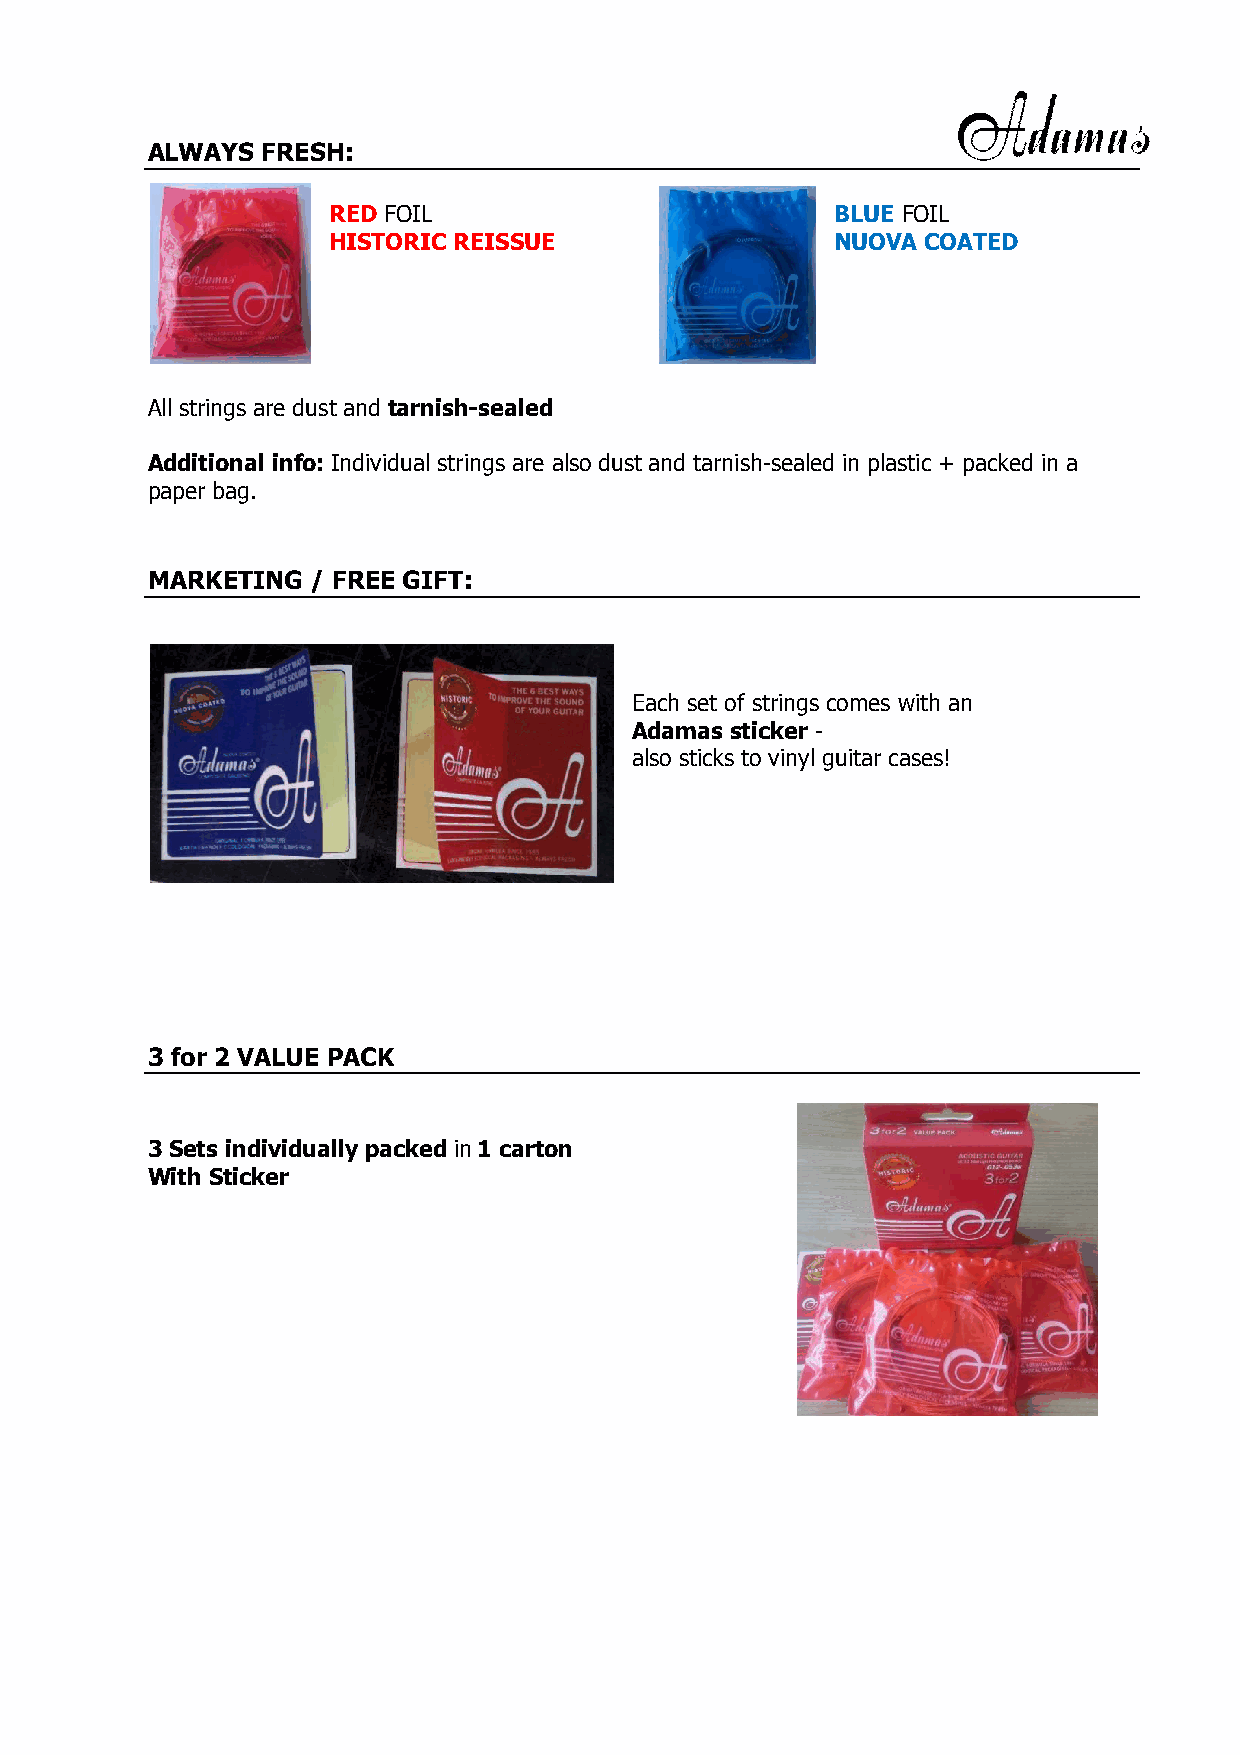
ALWAYS FRESH:
 RED FOIL                         BLUE FOIL
 HISTORIC REISSUE                 NUOVA COATED
 All strings are dust and tarnish-sealed
 Additional info: Individual strings are also dust and tarnish-sealed in plastic + packed in a
 paper bag.
 MARKETING  / FREE GIFT:
 Each set of strings comes with an
 Adamas sticker -
 also sticks to vinyl guitar cases!
 3 for 2 VALUE PACK
 3 Sets individually packed in 1 carton
 With Sticker